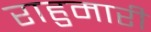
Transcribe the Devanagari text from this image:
राहुमारी